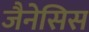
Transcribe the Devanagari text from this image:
जैनेसिस